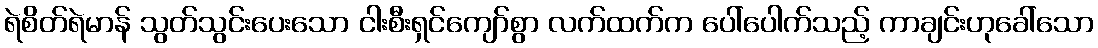
ရဲစိတ်ရဲမာန် သွတ်သွင်းပေးသော ငါးစီးရှင်ကျော်စွာ လက်ထက်က ပေါ်ပေါက်သည့် ကာချင်းဟုခေါ်သော